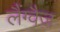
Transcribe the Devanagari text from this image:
लैंग्वैज